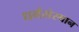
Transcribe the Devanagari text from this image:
धर्मसंस्थान